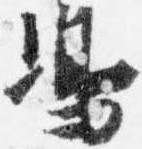
嶋